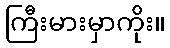
ကြီးမားမှာကိုး။